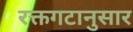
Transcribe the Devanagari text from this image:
रक्तगटानुसार